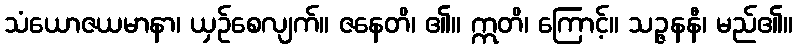
သံယောဇယမာနာ၊ ယှဉ်စေလျက်။ ဇနေတိ၊ ၏။ ဣတိ၊ ကြောင့်။ သဉ္ဇနနီ၊ မည်၏။